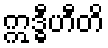
ဣဒ္ဓီဟီတိ